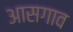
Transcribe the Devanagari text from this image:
आसगाव